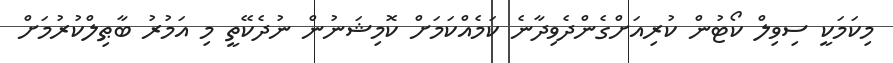
މިކަމަކީ ސިވިލް ކޯޓުން ކުރިއަށްގެންދެވިދާނެ ކަމެއްކަމަށް ކޮމިޝަނުން ނުދެކޭތީ މި އަމުރު ބާޠިލްކުރުމަށް